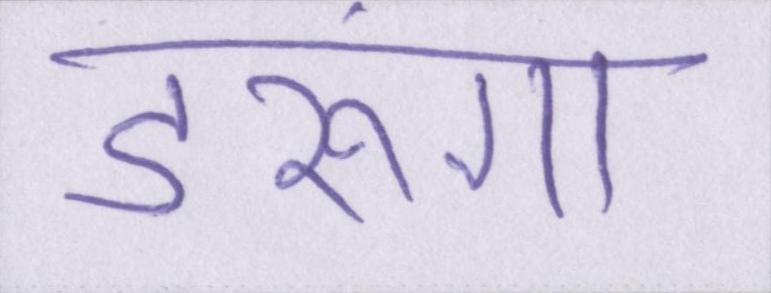
डरूंगा